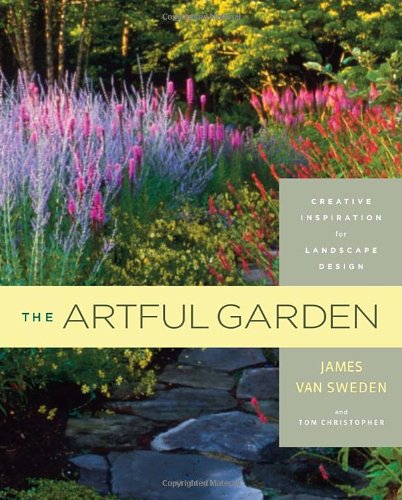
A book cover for The Artful Garden: Creative Inspiration for Landscape Design; James van Sweden; Arts & Photography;